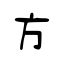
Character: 方